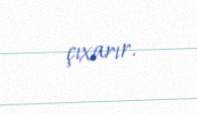
çıxarır.